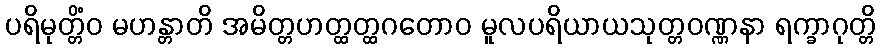
ပရိမုတ္တိံဝ မဟန္တာတိ အမိတ္တဟတ္ထတ္ထဂတောဝ မူလပရိယာယသုတ္တဝဏ္ဏနာ ရက္ခာဂုတ္တိ